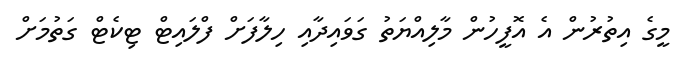
މީގެ އިތުރުން އެ އޮފީހުން މާލިއްޔަތު ގަވައިދާއި ހިލާފަށް ފްލައިޓް ޓިކެޓް ގަތުމަށް